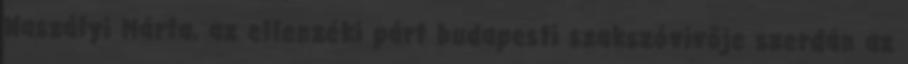
Naszályi Márta, az ellenzéki párt budapesti szakszóvivője szerdán az